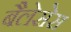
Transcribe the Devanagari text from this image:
बैलेसेस